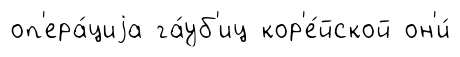
оп'ера́циjа га́уб'иц кор'е́йской он'и́